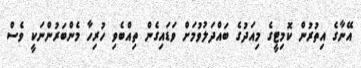
އޭނާގެ އިތުރުން ކޮމިޓީގެ މިއަދުގެ ބައްދަލުވުމަށް ވަޑައިގެން ތިއްބެވި ހުރިހާ މެންބަރުންނަކީ ވެސް